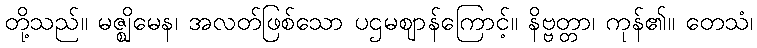
တို့သည်။ မဇ္ဈိမေန၊ အလတ်ဖြစ်သော ပဌမဈာန်ကြောင့်။ နိဗ္ဗတ္တာ၊ ကုန်၏။ တေသံ၊